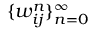
\{ w _ { i j } ^ { n } \} _ { n = 0 } ^ { \infty }